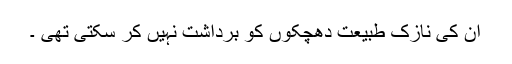
ان کی نازک طبیعت دھچکوں کو برداشت نہیں کر سکتی تھی ۔